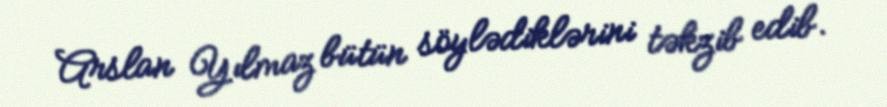
Arslan Yılmaz bütün söylədiklərini təkzib edib.